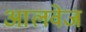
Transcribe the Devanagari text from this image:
आलवेज